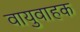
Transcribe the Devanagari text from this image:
वायुवाहक